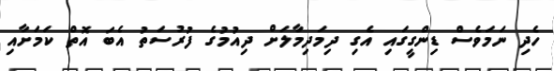
ހެދި ނަމަވެސް ޑިންގީގައި އެގި ދިމަދިމާލަށް ދިއުމުގެ ފުރުސަތު އެބަ އޮތް ކަމަށާއި